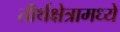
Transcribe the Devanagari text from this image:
तीर्थक्षेत्रामध्ये